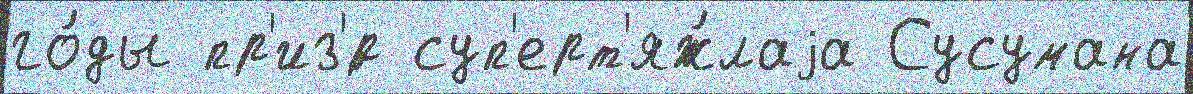
го́ды пр'из'́р суп'ерт'яж́лаjа Сусумана